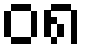
၀၈